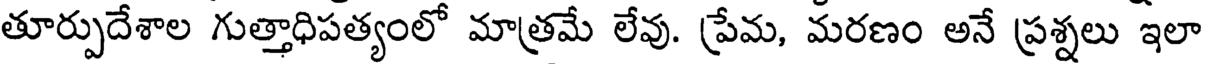
తూర్పుదేశాల గుత్తాధిపత్యంలో మాత్రమే లేవు. ప్రేమ, మరణం అనే ప్రశ్నలు ఇలా